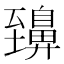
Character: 䶍